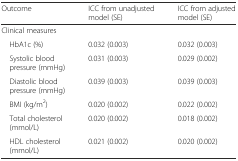
<table><thead><tr><td><b>Outcome</b></td><td><b>ICC from unadjusted model (SE)</b></td><td><b>ICC from adjusted model (SE)</b></td></tr></thead><tbody><tr><td colspan="3">Clinical measures</td></tr><tr><td> HbA1c (%)</td><td>0.032 (0.003)</td><td>0.032 (0.003)</td></tr><tr><td> Systolic blood pressure (mmHg)</td><td>0.031 (0.003)</td><td>0.029 (0.002)</td></tr><tr><td> Diastolic blood pressure (mmHg)</td><td>0.039 (0.003)</td><td>0.039 (0.003)</td></tr><tr><td> BMI (kg/m<sup>2</sup>)</td><td>0.020 (0.002)</td><td>0.022 (0.002)</td></tr><tr><td> Total cholesterol (mmol/L)</td><td>0.020 (0.002)</td><td>0.018 (0.002)</td></tr><tr><td> HDL cholesterol (mmol/L)</td><td>0.021 (0.002)</td><td>0.020 (0.002)</td></tr></tbody></table>